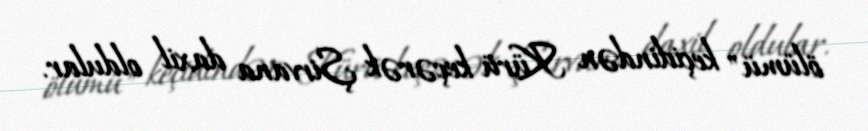
ölümü" keçidindən Kürü keçərək Şirvana daxil oldular.